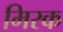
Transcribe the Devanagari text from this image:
मिरक